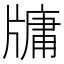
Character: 牗